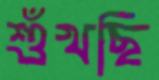
শুঁখছি